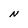
Character: N